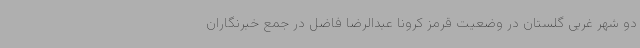
دو شهر غربی گلستان در وضعیت قرمز کرونا عبدالرضا فاضل در جمع خبرنگاران